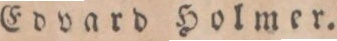
Edvard Holmer.